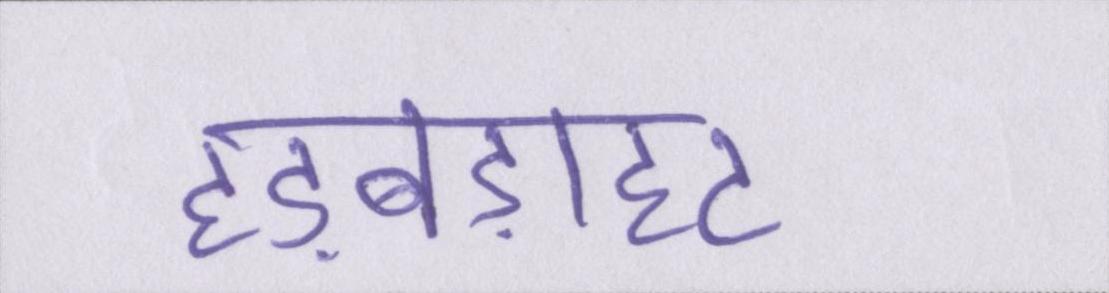
हड़बड़ाहट